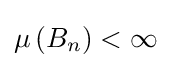
\mu \left(B_{n}\right)<\infty